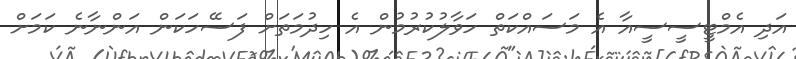
އަދި އެމްޓީސީސީއާ އެ މަސައްކަތް ހަވާލުކުރުމުން އެ ހިދުމަތަށް ފަސޭހަކަން އަންނާނެ ކަމަށް